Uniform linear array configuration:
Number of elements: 64
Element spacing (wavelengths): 0.75
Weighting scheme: binomial
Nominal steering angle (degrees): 45
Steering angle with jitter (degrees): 44.516
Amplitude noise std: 0.05
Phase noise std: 0.05

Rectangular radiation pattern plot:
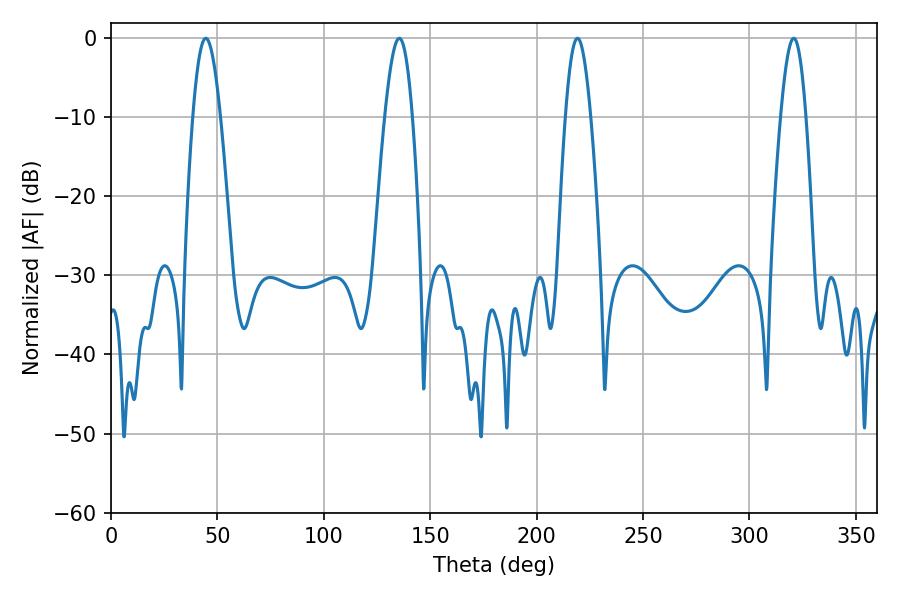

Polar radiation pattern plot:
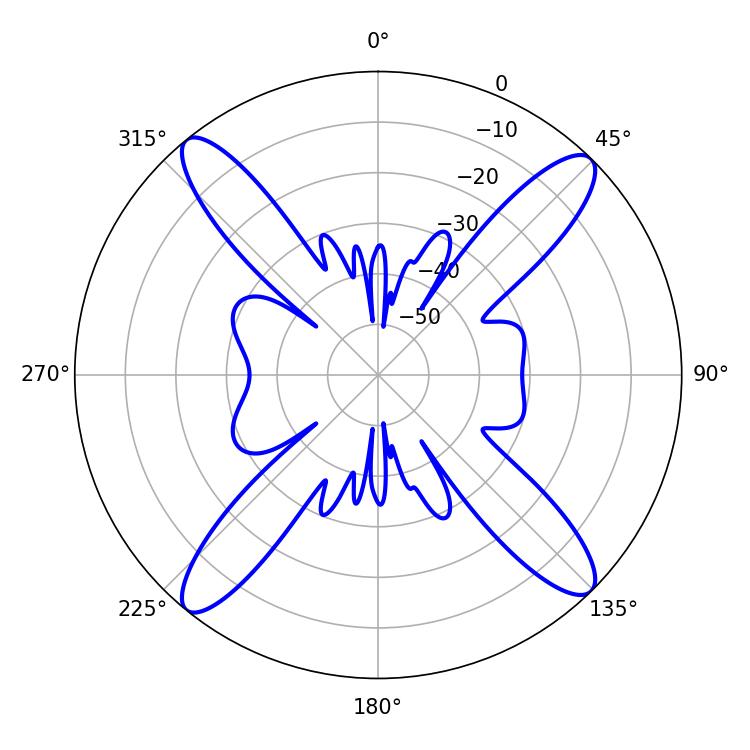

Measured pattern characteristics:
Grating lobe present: TRUE
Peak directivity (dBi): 17.895
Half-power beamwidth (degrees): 6.48
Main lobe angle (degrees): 219.24